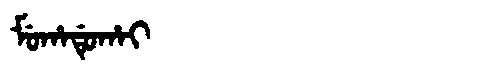
Manchu: ᠮᡠᡥᠠᡩᡠᡥᠠᡳ
Romanization: MUHADUHAI